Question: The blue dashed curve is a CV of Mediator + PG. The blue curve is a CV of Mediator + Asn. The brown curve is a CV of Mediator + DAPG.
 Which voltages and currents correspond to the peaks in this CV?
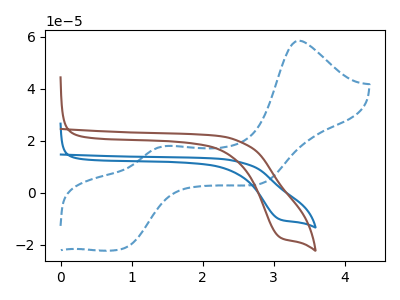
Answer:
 <answer>The blue dashed curve "Mediator + PG" has anodic peaks at (3.35V, 58.50uA) (1.50V, 17.95uA) and cathodic peaks at (0.90V, -21.35uA) (2.85V, 3.60uA). The blue curve "Mediator + Asn" has a cathodic peak at: (3.10V, -10.25uA). The brown curve "Mediator + DAPG" has a cathodic peak at: (3.10V, -17.10uA).</answer>
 <eval></eval>